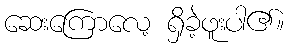
ဆေးကြောလေ့ ရှိခဲ့ဖူးပါ၏။